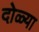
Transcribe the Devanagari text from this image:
दोळ्या